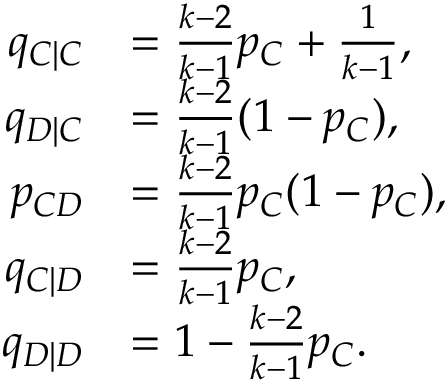
\begin{array} { r l } { q _ { C | C } } & { = \frac { k - 2 } { k - 1 } p _ { C } + \frac { 1 } { k - 1 } , } \\ { q _ { D | C } } & { = \frac { k - 2 } { k - 1 } ( 1 - p _ { C } ) , } \\ { p _ { C D } } & { = \frac { k - 2 } { k - 1 } p _ { C } ( 1 - p _ { C } ) , } \\ { q _ { C | D } } & { = \frac { k - 2 } { k - 1 } p _ { C } , } \\ { q _ { D | D } } & { = 1 - \frac { k - 2 } { k - 1 } p _ { C } . } \end{array}